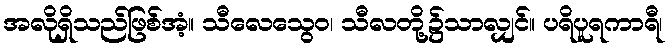
အလိုရှိသည်ဖြစ်အံ့။ သီလေသွေဝ၊ သီလတို့၌သာလျှင်။ ပရိပူရကာရီ၊